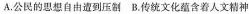
A.公民的思想自由遭到压B.传统文化蕴含着人文精神